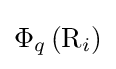
\Phi _{q}\left(\mathrm {R} _{i}\right)